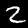
Label: 2